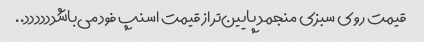
قیمت روی سبزی منجمد پایین‌تر از قیمت اسنپ فود می‌باشدددددد..